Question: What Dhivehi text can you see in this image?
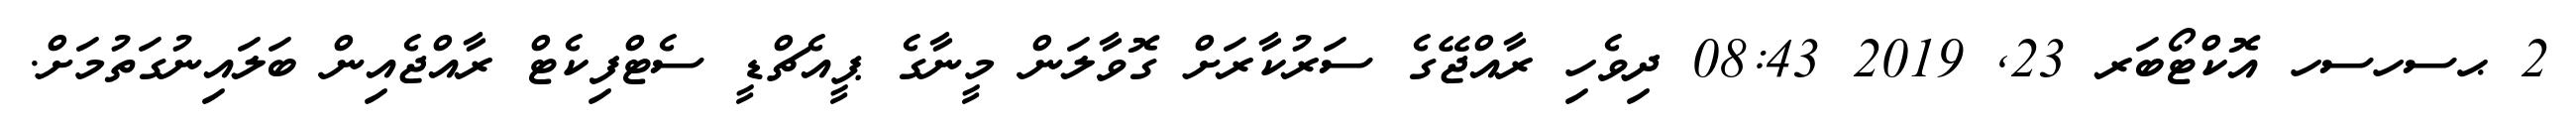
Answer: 2 ޙސހސހ އޮކްޓޯބަރ 23, 2019 08:43 ދިވެހި ރާއްޖޭގެ ސަރުކާރަށް ގޮވާލަން މީނާގެ ޕީއެޗްޑީ ސެޓްފިކެޓް ރާއްޖެއިން ބަލައިނުގަތުމަށް.